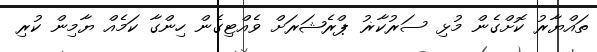
ތައްޔާރު ކޮށްގެން މުޅި ސަރުކާޜު ޕްރެޝަރަށް ވެއްޓިގެން ހިންގާ ކަމެއް ޔާމިން ކުރި